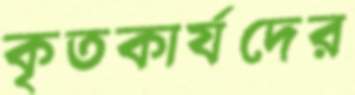
কৃতকার্যদের